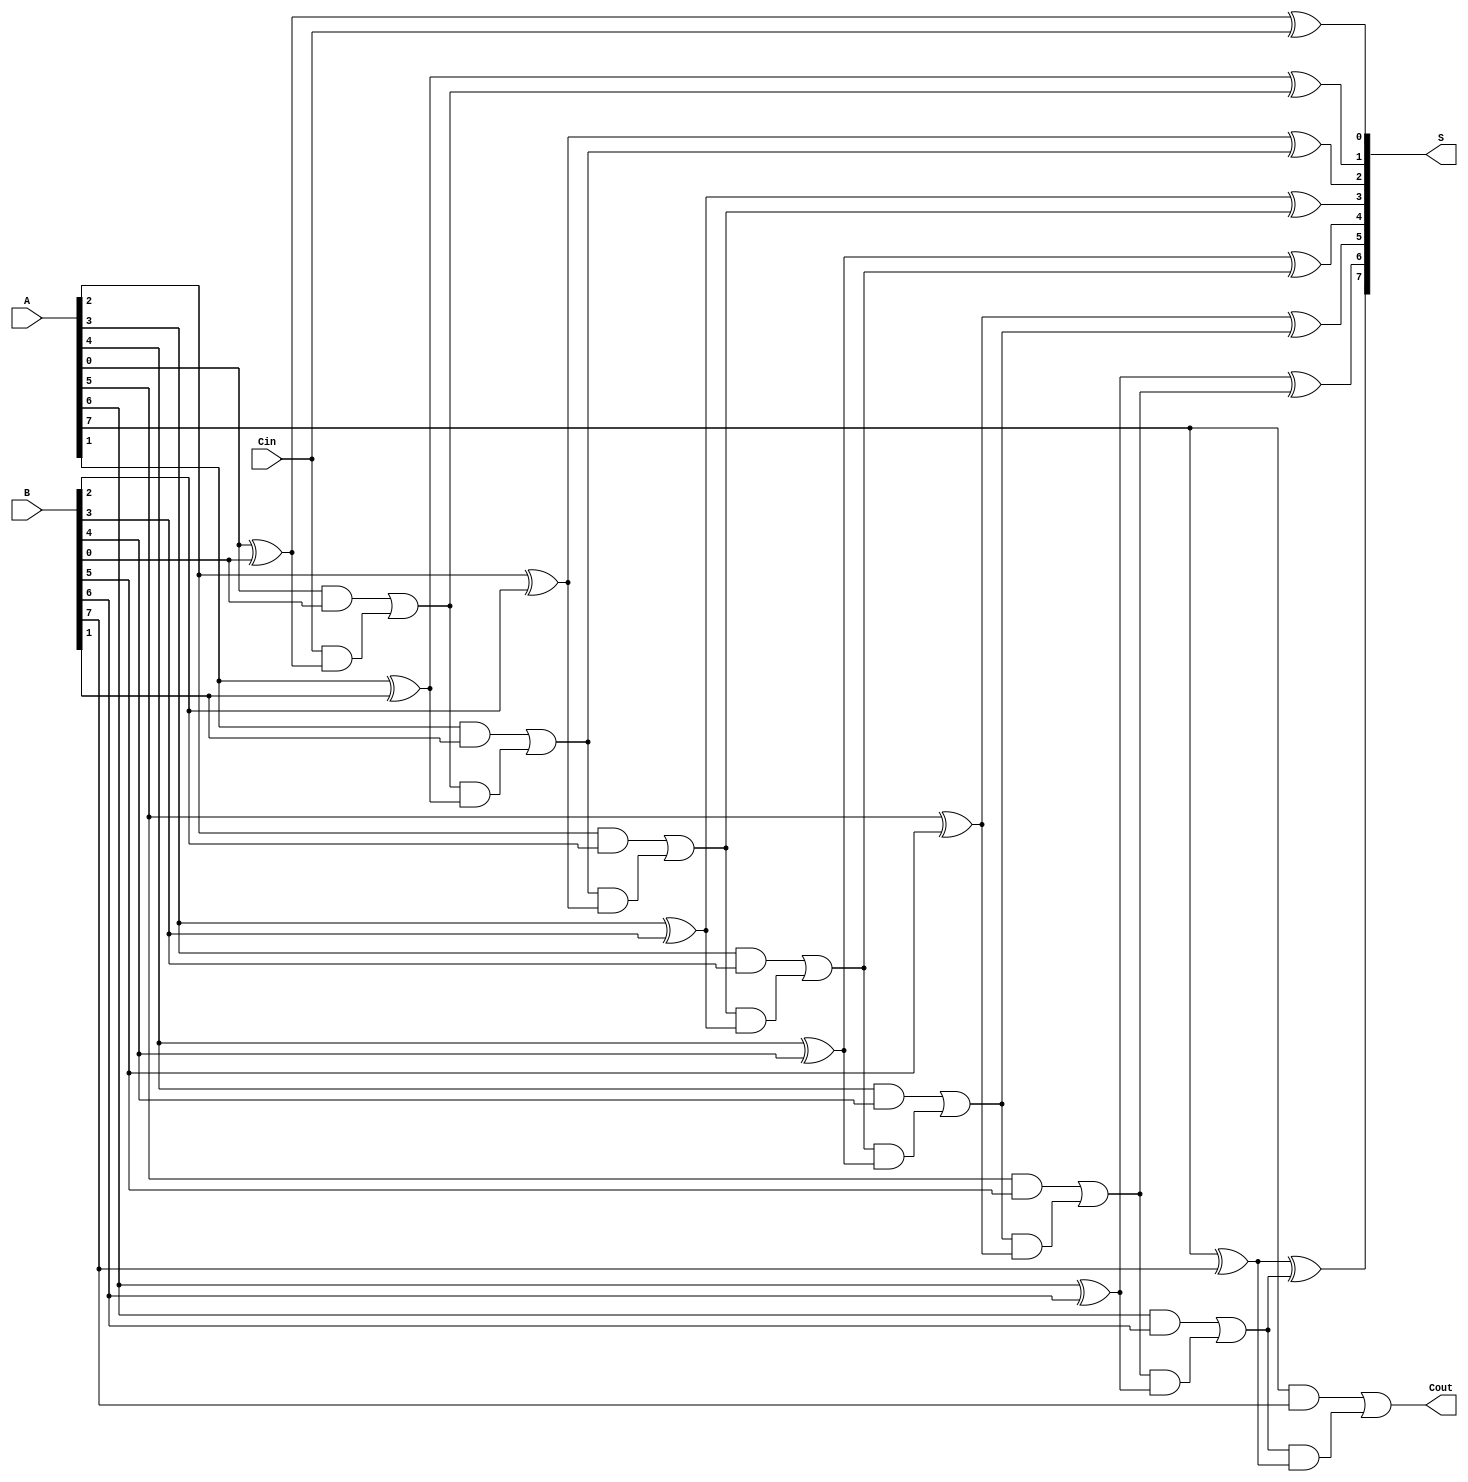
module ManchesterCarryChainAdder #(parameter n = 8) (
    input  [n-1:0] A,      // n-bit input A
    input  [n-1:0] B,      // n-bit input B
    input          Cin,     // carry-in
    output [n-1:0] S,      // n-bit sum output
    output         Cout     // carry-out
);

    wire [n:0] carry;      // carry signals, carry[0] is Cin

    assign carry[0] = Cin; // Initial carry is given by Cin

    // Full adder instantiation
    genvar i;
    generate
        for (i = 0; i < n; i = i + 1) begin: FA
            wire A_i, B_i, C_in;
            wire S_i, C_out;

            assign A_i = A[i];
            assign B_i = B[i];
            assign C_in = carry[i];

            // Full Adder Logic
            assign S[i] = A_i ^ B_i ^ C_in;                                  // Sum
            assign C_out = (A_i & B_i) | (C_in & (A_i ^ B_i));             // Carry-out

            assign carry[i + 1] = C_out;  // Next carry-in will be the carry-out of current FA
        end
    endgenerate

    assign Cout = carry[n]; // Final carry-out

endmodule